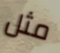
مثل